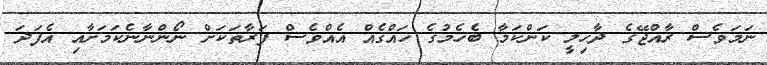
ނަމަވެސް ރާއްޖޭގެ ދާޚިލީ ކަންކަމާ ބެހެމުގެ ހައްޤެއް އެއްވެސް ފަރާތަކަށް ނޯންނާނެކަމަށާއި އެފަދަ